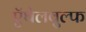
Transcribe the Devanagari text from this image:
ऍथेलवुल्फ